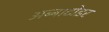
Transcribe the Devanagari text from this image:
अब्बाटोइर